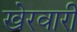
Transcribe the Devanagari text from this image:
खेरवारी